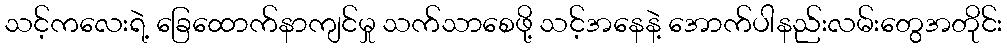
သင့်ကလေးရဲ့ ခြေထောက်နာကျင်မှု သက်သာစေဖို့ သင့်အနေနဲ့ အောက်ပါနည်းလမ်းတွေအတိုင်း